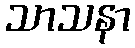
သာသနာ